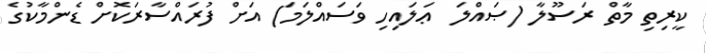
ކީރިތި މާތް ރަސޫލާ (ޞައްލަ  ޢަލައިހި ވަސައްލަމަ) އަށް ފުރައްސާރަކޮށް ޑެންމާކުގެ